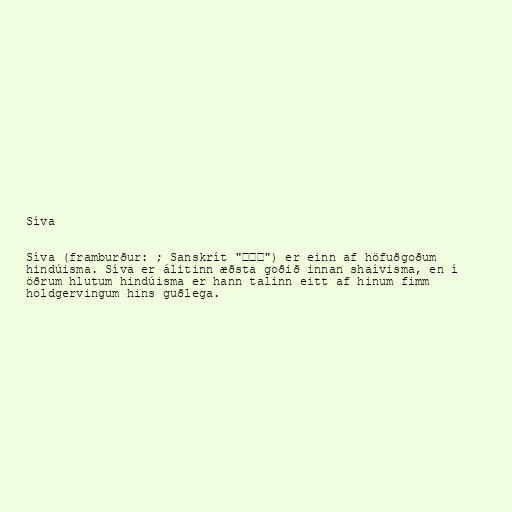
Síva

Síva (framburður: ; Sanskrít "शिव") er einn af höfuðgoðum
hindúisma. Síva er álitinn æðsta goðið innan shaívisma, en í
öðrum hlutum hindúisma er hann talinn eitt af hinum fimm
holdgervingum hins guðlega.